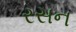
રસન